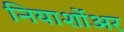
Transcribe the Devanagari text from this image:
नियार्शोअर